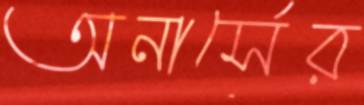
অনার্সের